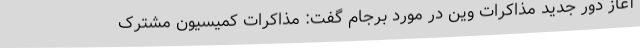
آغاز دور جدید مذاکرات وین در مورد برجام گفت: مذاکرات کمیسیون مشترک